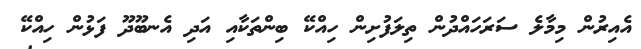
އެއިރުން މިމާލެ ސަރަހައްދުން ތިލަފުށިން ހިއްކޭ ބިންތަކާއި އަދި އެނބޫދޫ ފަޅުން ހިއްކޭ